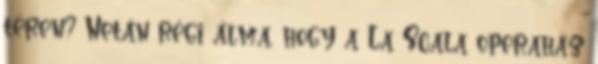
téren? Netán régi álma, hogy a La Scala operaház